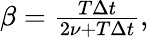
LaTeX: \begin{array}{r}{\beta=\frac{T\Delta t}{2\nu+T\Delta t},}\end{array}